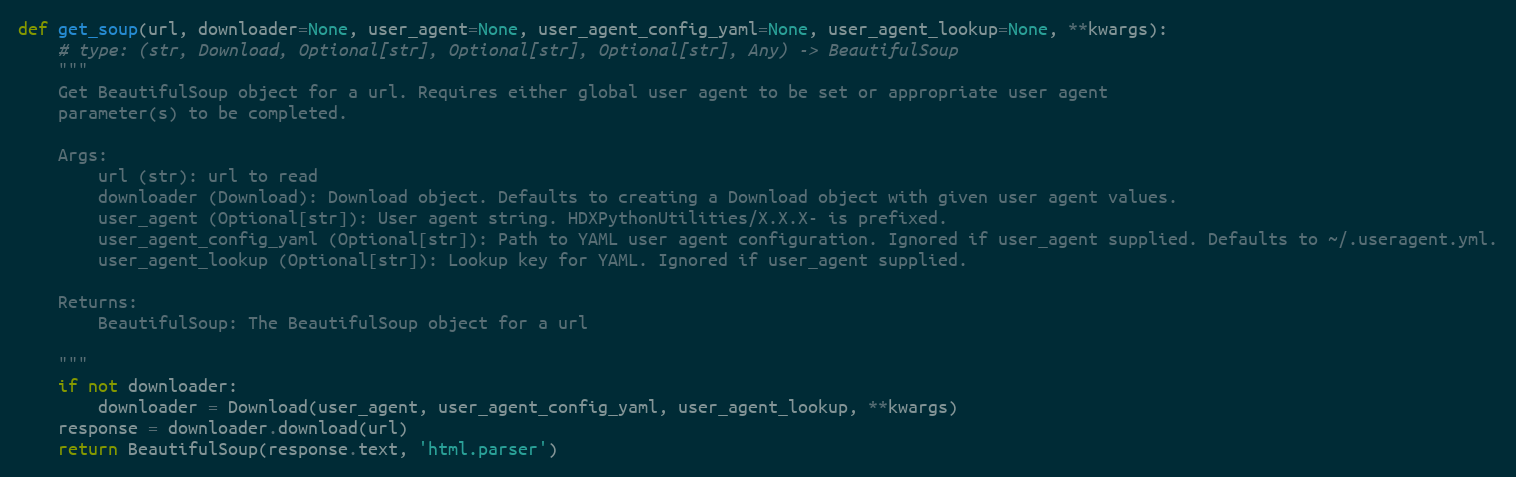
Language: Python
def get_soup(url, downloader=None, user_agent=None, user_agent_config_yaml=None, user_agent_lookup=None, **kwargs):
    # type: (str, Download, Optional[str], Optional[str], Optional[str], Any) -> BeautifulSoup
    """
    Get BeautifulSoup object for a url. Requires either global user agent to be set or appropriate user agent
    parameter(s) to be completed.

    Args:
        url (str): url to read
        downloader (Download): Download object. Defaults to creating a Download object with given user agent values.
        user_agent (Optional[str]): User agent string. HDXPythonUtilities/X.X.X- is prefixed.
        user_agent_config_yaml (Optional[str]): Path to YAML user agent configuration. Ignored if user_agent supplied. Defaults to ~/.useragent.yml.
        user_agent_lookup (Optional[str]): Lookup key for YAML. Ignored if user_agent supplied.

    Returns:
        BeautifulSoup: The BeautifulSoup object for a url

    """
    if not downloader:
        downloader = Download(user_agent, user_agent_config_yaml, user_agent_lookup, **kwargs)
    response = downloader.download(url)
    return BeautifulSoup(response.text, 'html.parser')